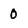
Character: 0